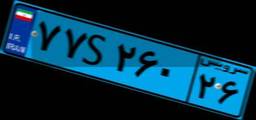
۷۸S۵۰۴۵۳